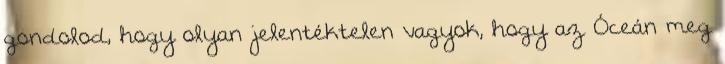
gondolod, hogy olyan jelentéktelen vagyok, hogy az Óceán meg